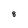
Character: 8